Lunatic asylums Central Provinces reports 1874-1885 - 1874-1885
Year: 1874
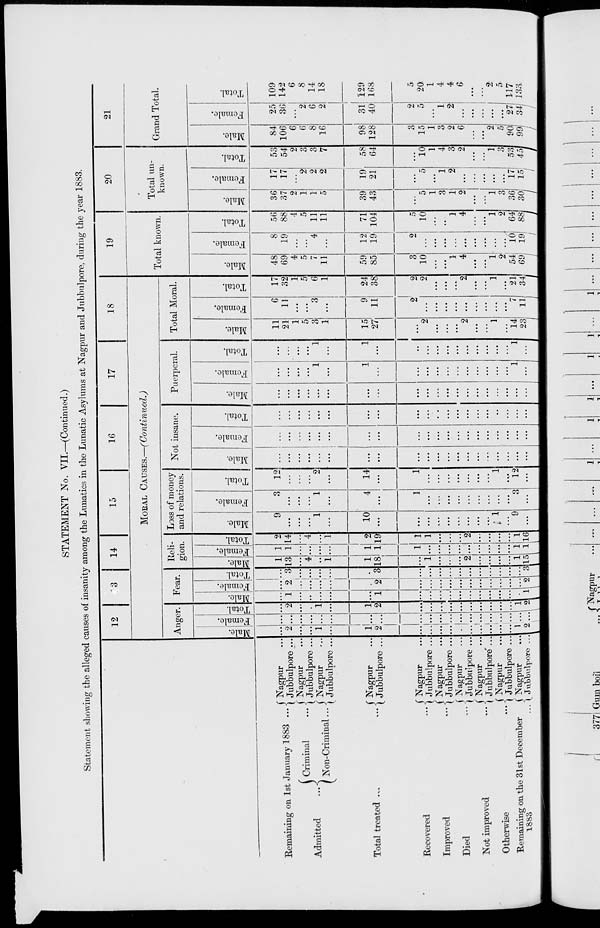
STATEMENT No. VII.—(Continued.)
Statement showing the alleged causes of insanity among the Lunatics in the Lunatic Asylums at Nagpur and Jubbulpore, during the year 1883.
Remaining on 1st January 1883 ...
Admitted
...
Criminal
...
Non-Criminal ...
Total treated
...
...
Recovered
...
Improved
...
Died ...
Not improved
...
Otherwise ...
Remaining on the 31st December
1883
...
Nagpur ...
Jubbulpore ...
Nagpur ...
Jubbulpore ...
Nagpur ...
Jubbulpore ...
Nagpur ...
Jubbulpore ...
Nagpur ...
Jubbulpore ...
Nagpur ...
Jubbulpore ...
Nagpur ...
Jubbulpore ...
Nagpur ...
Jubbulpore ...
Nagpur ...
Jubbulpore ...
Nagpur ...
Jubbulpore ...
12
13
14
15
16
17
18
MORAL CAUSES.—(Continued.)
Anger.
Male.
...
2
...
...
1
...
1
2
...
...
...
...
...
...
...
...
...
...
1
2
Female.
...
...
...
...
...
...
...
...
...
...
...
...
...
...
...
...
...
...
...
...
Total.
...
2
...
...
1
...
1
2
...
...
...
...
...
...
...
...
...
...
1
2
Fear.
Male.
...
1
...
...
...
...
...
1
...
...
...
...
...
...
...
...
...
...
...
1
Female.
...
2
...
...
...
...
...
2
...
...
...
...
...
...
...
...
...
...
...
2
Total.
...
3
...
...
...
...
...
3
...
...
...
...
...
...
...
...
...
...
...
3
Reli-
gion.
Male.
1
13
...
4
...
1
1
18
...
1
...
...
...
2
...
...
...
...
1
15
Female.
1
1
...
...
...
...
1
1
1
...
...
...
...
...
...
...
...
...
1
1
Total.
2
14
...
4
...
1
2
19
1
1
...
...
...
2
...
...
...
...
1
16
Loss of money
and relations.
Male.
9
...
...
...
1
...
10
...
...
...
...
...
...
...
...
...
1
...
9
...
Female.
3
...
...
...
1
...
4
...
1
...
...
...
...
...
...
...
...
...
3
...
Total.
12
...
....
...
2
...
14
...
1
...
...
...
...
...
...
...
1
...
12
...
Not insane.
Male.
...
...
...
...
...
...
...
...
...
...
...
...
...
...
...
...
...
...
...
...
Female.
...
...
...
...
...
...
...
...
...
...
...
...
...
...
...
...
...
...
...
...
Total.
...
...
...
...
...
...
...
...
...
...
...
...
...
...
...
...
...
...
...
...
Puerperal.
Male.
...
...
...
...
...
...
...
...
...
...
...
...
...
...
...
...
...
...
...
...
Female.
...
...
...
...
1
...
1
...
...
...
...
...
...
...
...
...
...
...
1
...
Total.
...
...
...
...
1
...
1
...
...
...
...
...
...
...
...
...
...
...
1
...
Total Moral.
Male.
11
21
1
5
3
1
15
27
...
2
...
...
...
2
...
...
1
...
14
23
Female.
6
11
...
...
3
...
9
11
2
...
...
...
...
...
...
...
...
...
7
11
Total.
17
32
1
5
6
1
24
38
2
2
...
...
...
2
...
...
1
...
21
34
19
Total known.
Male.
48
69
4
5
7
11
59
85
3
10
...
...
1
4
...
...
1
2
54
69
Female.
8
19
...
...
4
...
12
19
2
...
...
...
...
...
...
...
...
...
10
19
Total.
56
88
4
5
11
11
71
104
5
10
...
...
1
4
...
...
1
2
64
88
20
Total un-
known.
Male.
36
37
2
1
1
5
39
43
...
5
1
3
1
2
...
...
1
3
36
30
Female.
17
17
...
2
2
2
19
21
...
5
...
1
2
...
...
...
...
...
17
15
Total.
53
54
2
3
3
7
58
64
...
10
1
4
3
2
...
...
1
3
53
45
21
Grand Total.
Male.
84
106
6
6
8
16
98
128
3
15
1
3
2
6
...
...
2
5
90
99
Female.
25
36
...
2
6
2
31
40
2
5
...
1
2
...
...
...
...
...
27
34
Total.
109
142
6
8
14
18
129
168
5
20
1
4
4
6
...
...
2
5
117
133